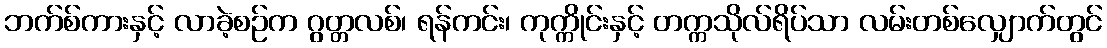
ဘက်စ်ကားနှင့် လာခဲ့စဉ်က ဂွတ္တလစ်၊ ရန်ကင်း၊ ကုက္ကိုင်းနှင့် တက္ကသိုလ်ရိပ်သာ လမ်းတစ်လျှောက်တွင်